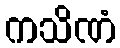
ကသိဏံ